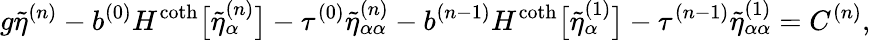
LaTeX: g\tilde{\eta}^{(n)}-b^{(0)}H^{\coth}\big[\tilde{\eta}_{\alpha}^{(n)}\big]-\tau^{(0)}\tilde{\eta}_{\alpha\alpha}^{(n)}-b^{(n-1)}H^{\coth}\big[\tilde{\eta}_{\alpha}^{(1)}\big]-\tau^{(n-1)}\tilde{\eta}_{\alpha\alpha}^{(1)}=C^{(n)},